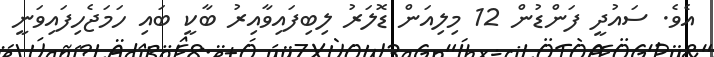
އެވެ. ސައުދީ ފަންޑުން 12 މިލިއަން ޑޮޮލަރު ލިބިފައިވާއިރު ބާކީ ބައި ހަމަޖެހިފައިވަނީ